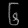
Digit: ၆